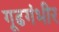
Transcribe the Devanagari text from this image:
गूढगंभीर